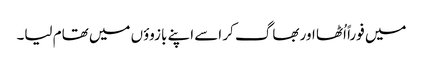
میں فوراً اُٹھا اور بھاگ کر اسے اپنے بازوؤں میں تھام لیا۔